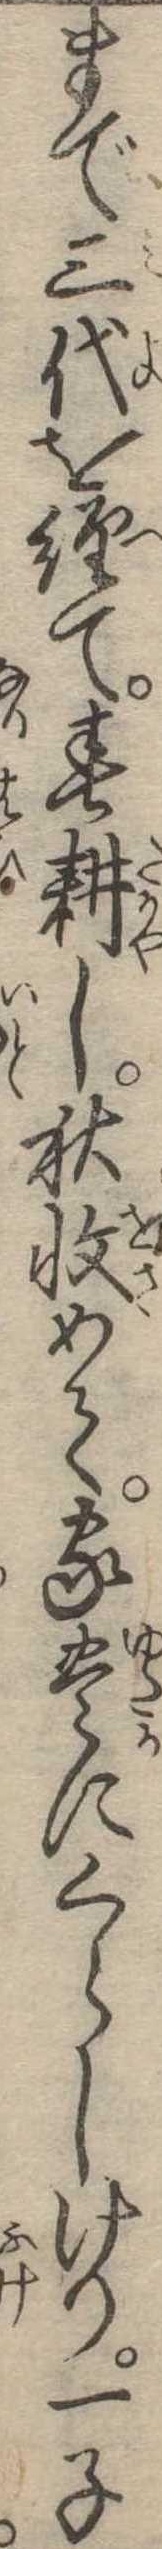
まで三代を経て春耕し秋収めて家豊にくらしけり一子